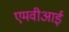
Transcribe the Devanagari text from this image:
एमवीआई